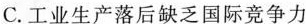
C.工业生产落后缺乏国际竞争力